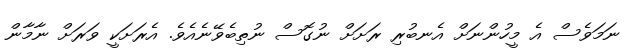
ނަަމަވެސް އެ މީހުންނަށް އެނބުރި ރަށަށް ނުގޮސް ނުތިބެވޭނެއެވެ. އެރަށަކީ ވަރަށް ނާމާން